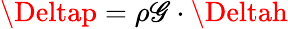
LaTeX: \Deltap=\rho\mathscr{G}\cdot\Deltah